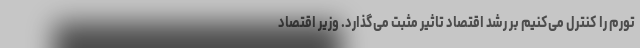
تورم را کنترل می‌کنیم بر رشد اقتصاد تاثیر مثبت می‌گذارد. وزیر اقتصاد